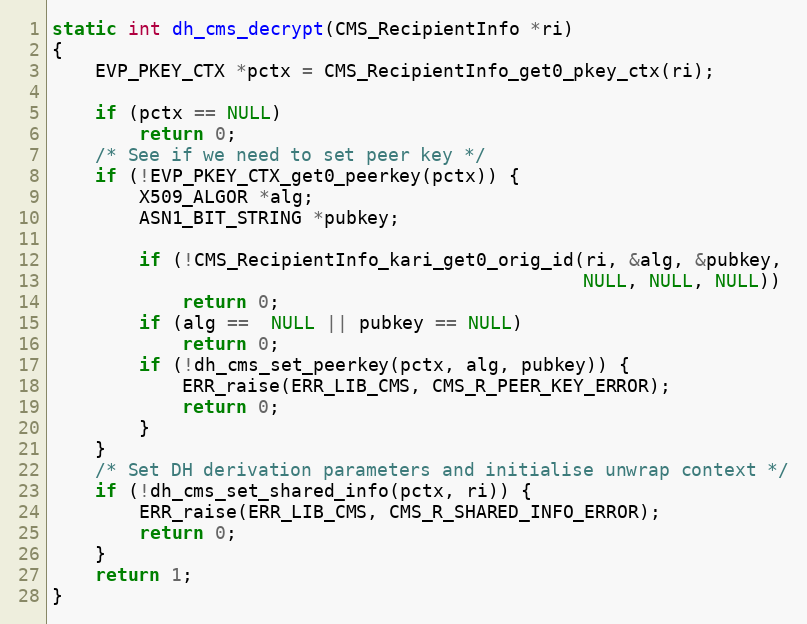
Language: C
static int dh_cms_decrypt(CMS_RecipientInfo *ri)
{
    EVP_PKEY_CTX *pctx = CMS_RecipientInfo_get0_pkey_ctx(ri);

    if (pctx == NULL)
        return 0;
    /* See if we need to set peer key */
    if (!EVP_PKEY_CTX_get0_peerkey(pctx)) {
        X509_ALGOR *alg;
        ASN1_BIT_STRING *pubkey;

        if (!CMS_RecipientInfo_kari_get0_orig_id(ri, &alg, &pubkey,
                                                 NULL, NULL, NULL))
            return 0;
        if (alg ==  NULL || pubkey == NULL)
            return 0;
        if (!dh_cms_set_peerkey(pctx, alg, pubkey)) {
            ERR_raise(ERR_LIB_CMS, CMS_R_PEER_KEY_ERROR);
            return 0;
        }
    }
    /* Set DH derivation parameters and initialise unwrap context */
    if (!dh_cms_set_shared_info(pctx, ri)) {
        ERR_raise(ERR_LIB_CMS, CMS_R_SHARED_INFO_ERROR);
        return 0;
    }
    return 1;
}